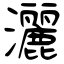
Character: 灑